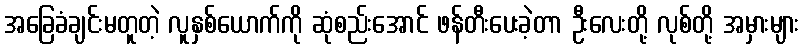
အခြေခံချင်းမတူတဲ့ လူနှစ်ယောက်ကို ဆုံစည်းအောင် ဖန်တီးပေးခဲ့တာ ဦးလေးတို့ လုစ်တို့ အမှားများ